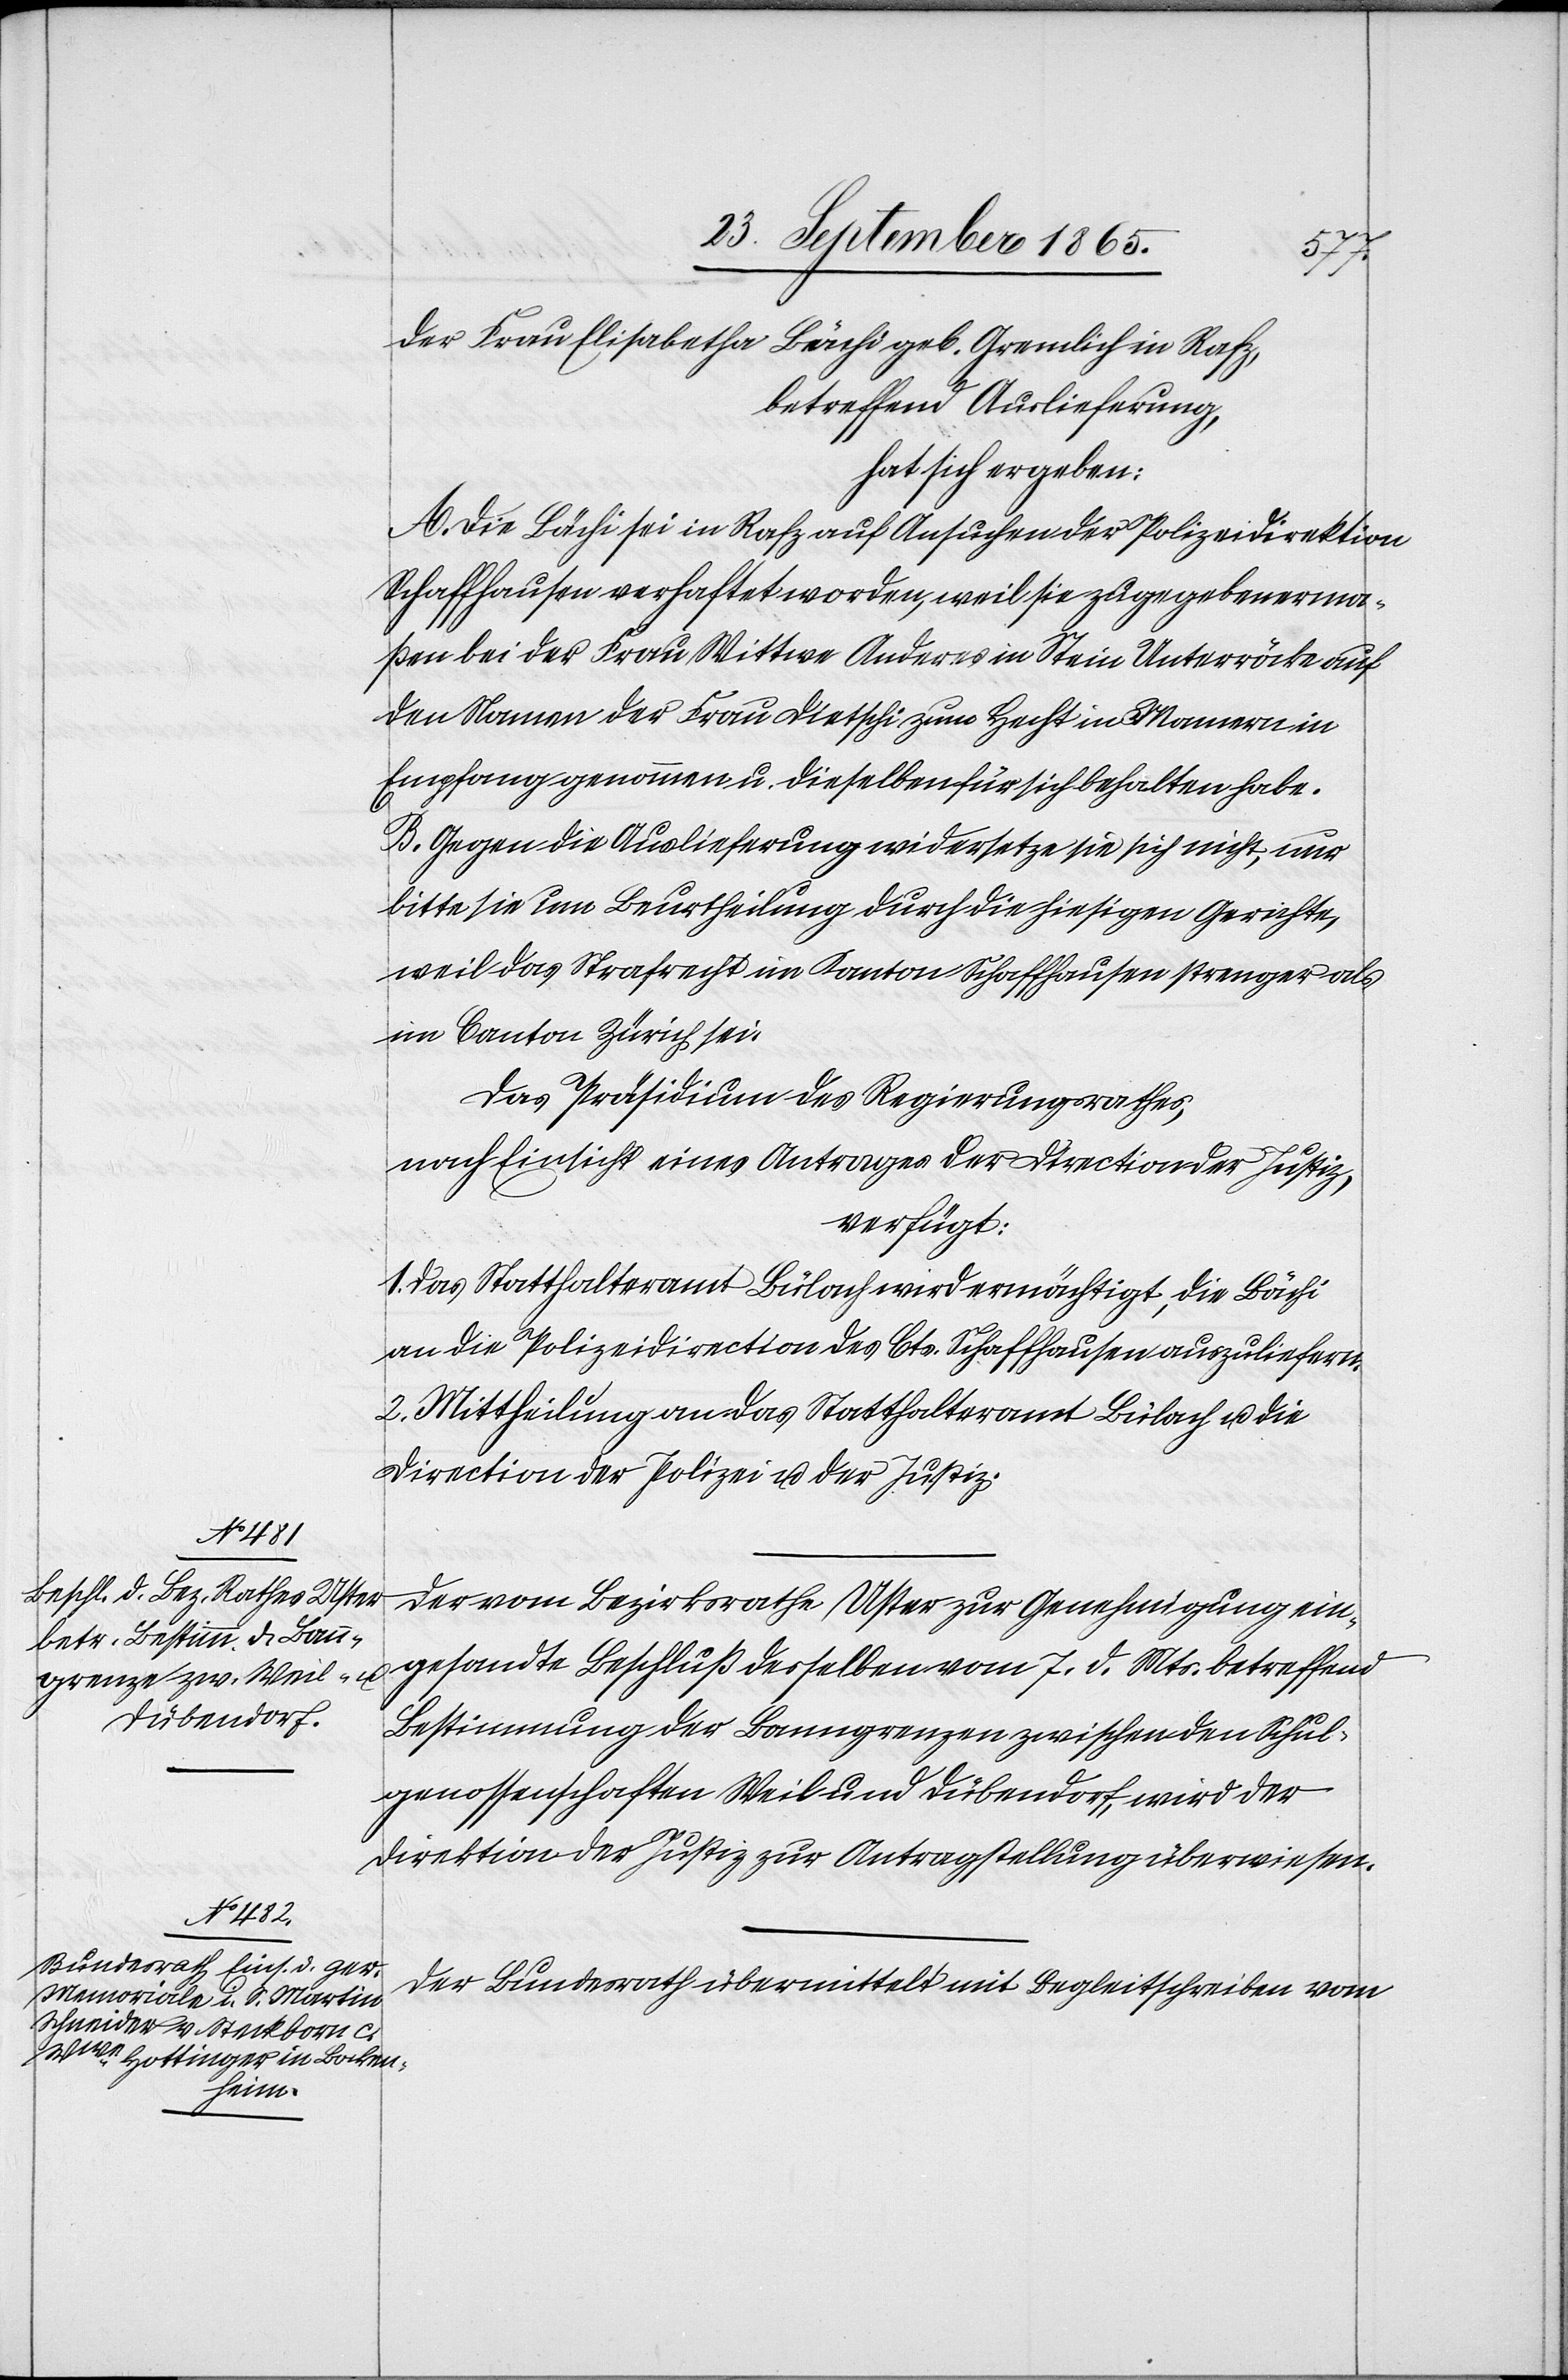
25. September 1865.]
der Frau Elisabetha Bächi geb. Gremlich in Rafz,
betreffend Auslieferung,
hat sich ergeben:
A. Die Bächi sei in Rafz auf Ansuchen der Polizeidirektion
Schaffhausen verhaftet worden, weil sie zugegebenerma¬
ßen bei der Frau Wittwe Anderes in Stein Unterröcke auf
den Namen der Frau Dietschi zum Hecht in Mamern in
Empfang genommen u. dieselben für sich behalten habe.
B. Gegen die Auslieferung widersetze sie sich nicht, nur
bitte sie um Beurtheilung durch die hiesigen Gerichte,
weil das Strafrecht im Kanton Schaffhausen strenger als
im Canton Zürich sei.
Das Präsidium des Regierungsrathes,
nach Einsicht eines Antrages der Direction der Justiz,
verfügt:
1. Das Statthalteramt Bülach wird ermächtigt, die Bächi
an die Polizeidirection des Cts. Schaffhausen auszuliefern.
2. Mittheilung an das Statthalteramt Bülach u. die
Direction der Polizei u. der Justiz.
Der vom Bezirksrathe Uster zur Genehmigung ein¬
gesandte Beschluß desselben vom 7. d. Mts. betreffend
Bestimmung der Banngrenzen zwischen den Schul¬
genossenschaften Weil und Dübendorf, wird der
Direktion der Justiz zur Antragstellung überwiesen.
Der Bundesrath übermittel mit Begleitschreiben vom
[Praesidial-Verfügungen.